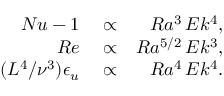
\begin{array} { r l r } { N u - 1 } & { { } \propto } & { R a ^ { 3 } \, E k ^ { 4 } , } \\ { R e } & { { } \propto } & { R a ^ { 5 / 2 } \, E k ^ { 3 } , } \\ { ( L ^ { 4 } / \nu ^ { 3 } ) \epsilon _ { u } } & { { } \propto } & { R a ^ { 4 } \, E k ^ { 4 } . } \end{array}